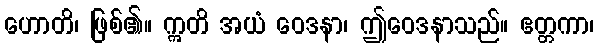
ဟောတိ၊ ဖြစ်၏။ ဣတိ အယံ ဝေဒနာ၊ ဤဝေဒနာသည်။ ဧတ္တကာ၊